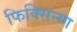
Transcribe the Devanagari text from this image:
फिक्सिन्ग्ग